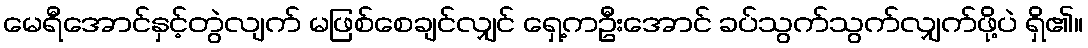
မေရီအောင်နှင့်တွဲလျက် မဖြစ်စေချင်လျှင် ရှေ့ကဦးအောင် ခပ်သွက်သွက်လျှက်ဖို့ပဲ ရှိ၏။